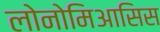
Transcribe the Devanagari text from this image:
लोनोमिआसिस